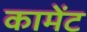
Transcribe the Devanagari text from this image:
कामेंट